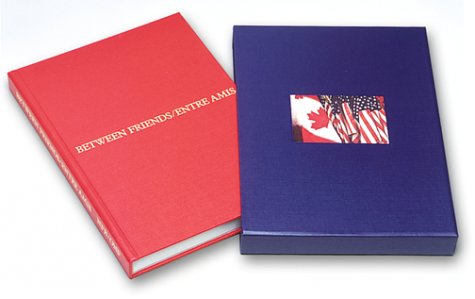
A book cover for Between Friends / Entre Amis; Crafts, Hobbies & Home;